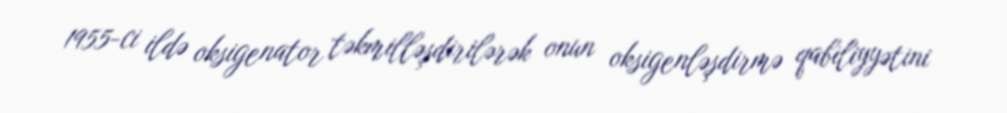
1955-ci ildə oksigenator təkmilləşdirilərək onun oksigenləşdirmə qabiliyyətini